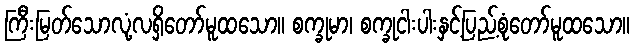
ကြီးမြတ်သောလုံ့လရှိတော်မူထသော။ စက္ခုမာ၊ စက္ခုငါးပါးနှင့်ပြည့်စုံတော်မူထသော။